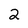
Character: 2